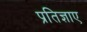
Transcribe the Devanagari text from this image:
प्रतिज्ञाए